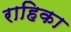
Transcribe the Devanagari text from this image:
राहिका